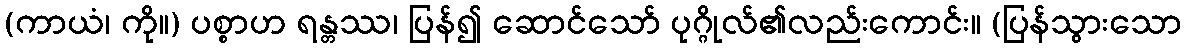
(ကာယံ၊ ကို။) ပစ္စာဟ ရန္တဿ၊ ပြန်၍ ဆောင်သော် ပုဂ္ဂိုလ်၏လည်းကောင်း။ (ပြန်သွားသော